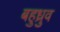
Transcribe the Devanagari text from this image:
बहुध्रुव